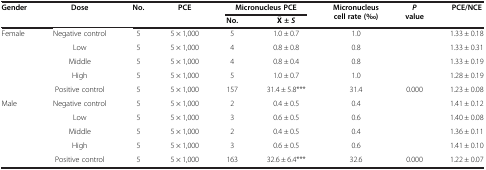
<table><thead><tr><td><b>Gender</b></td><td><b>Dose</b></td><td><b>No.</b></td><td><b>PCE</b></td><td colspan="2"><b>Micronucleus PCE</b></td><td><b>Micronucleus cell rate ( ‰)</b></td><td><b><i>P </i>value</b></td><td><b>PCE/NCE</b></td></tr><tr><td><b> </b></td><td><b> </b></td><td><b> </b></td><td><b> </b></td><td><b>No.</b></td><td><b>± <i>S</i></b></td><td><b> </b></td><td><b> </b></td><td><b> </b></td></tr></thead><tbody><tr><td>Female</td><td>Negative control</td><td>5</td><td>5 × 1,000</td><td>5</td><td>1.0 ± 0.7</td><td>1.0</td><td> </td><td>1.33 ± 0.18</td></tr><tr><td> </td><td>Low</td><td>5</td><td>5 × 1,000</td><td>4</td><td>0.8 ± 0.8</td><td>0.8</td><td> </td><td>1.33 ± 0.31</td></tr><tr><td> </td><td>Middle</td><td>5</td><td>5 × 1,000</td><td>4</td><td>0.8 ± 0.4</td><td>0.8</td><td> </td><td>1.33 ± 0.19</td></tr><tr><td> </td><td>High</td><td>5</td><td>5 × 1,000</td><td>5</td><td>1.0 ± 0.7</td><td>1.0</td><td> </td><td>1.28 ± 0.19</td></tr><tr><td> </td><td>Positive control</td><td>5</td><td>5 × 1,000</td><td>157</td><td>31.4 ± 5.8***</td><td>31.4</td><td>0.000</td><td>1.23 ± 0.08</td></tr><tr><td>Male</td><td>Negative control</td><td>5</td><td>5 × 1,000</td><td>2</td><td>0.4 ± 0.5</td><td>0.4</td><td> </td><td>1.41 ± 0.12</td></tr><tr><td> </td><td>Low</td><td>5</td><td>5 × 1,000</td><td>3</td><td>0.6 ± 0.5</td><td>0.6</td><td> </td><td>1.40 ± 0.08</td></tr><tr><td> </td><td>Middle</td><td>5</td><td>5 × 1,000</td><td>2</td><td>0.4 ± 0.5</td><td>0.4</td><td> </td><td>1.36 ± 0.11</td></tr><tr><td> </td><td>High</td><td>5</td><td>5 × 1,000</td><td>3</td><td>0.6 ± 0.5</td><td>0.6</td><td> </td><td>1.41 ± 0.10</td></tr><tr><td> </td><td>Positive control</td><td>5</td><td>5 × 1,000</td><td>163</td><td>32.6 ± 6.4***</td><td>32.6</td><td>0.000</td><td>1.22 ± 0.07</td></tr></tbody></table>